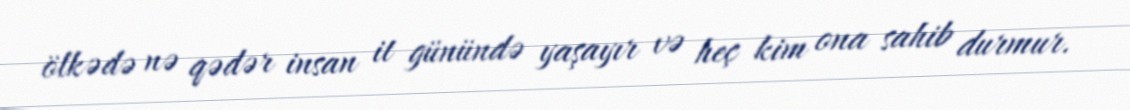
ölkədə nə qədər insan it günündə yaşayır və heç kim ona sahib durmur.